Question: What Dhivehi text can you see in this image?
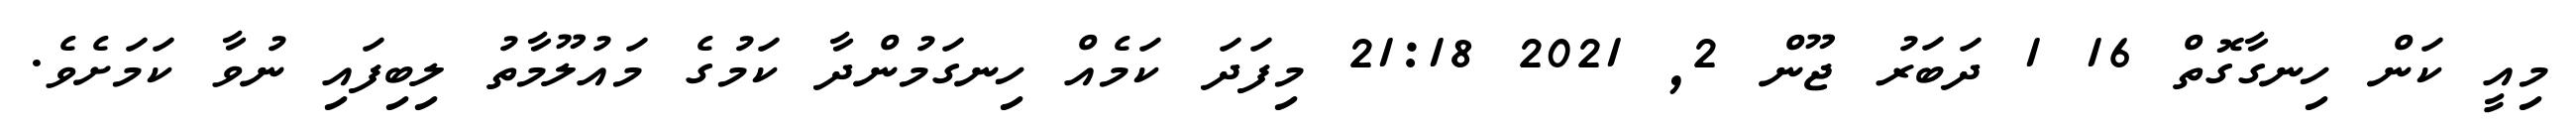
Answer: މިއީ ކަން ހިނގާގޮތް 16 1 ދަބަރު ޖޫން 2, 2021 21:18 މިފަދަ ކަމެއް ހިނގަމުންދާ ކަމުގެ މައުލޫމާތު ލިބިފައި ނުވާ ކަމަށެވެ.